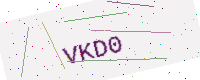
Text: VKD0